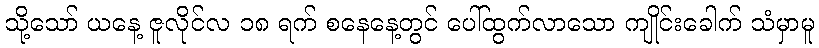
သို့သော် ယနေ့ ဇူလိုင်လ ၁၈ ရက် စနေနေ့တွင် ပေါ်ထွက်လာသော ကျိုင်းခေါက် သံမှာမူ